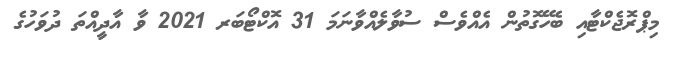
މިޕްރޮޖެކްޓާއި ބެހޭގޮތުން އެއްވެސް ސުވާލެއްވާނަމަ 31 އޮކްޓޯބަރ 2021 ވާ އާދީއްތަ ދުވަހުގެ